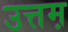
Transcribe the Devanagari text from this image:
उत्तम़